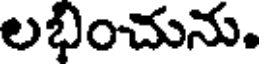
లభించును.